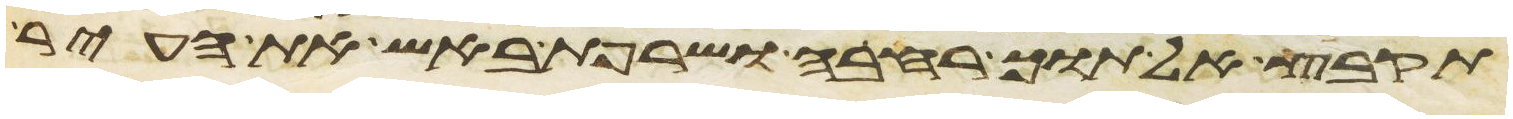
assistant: תקבץ אלתוך רחבה ושרפת באש את העיר